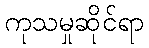
ကုသမှုဆိုင်ရာ